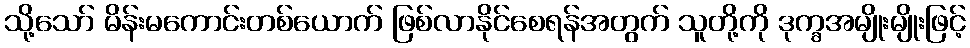
သို့သော် မိန်းမကောင်းတစ်ယောက် ဖြစ်လာနိုင်စေရန်အတွက် သူတို့ကို ဒုက္ခအမျိုးမျိုးဖြင့်